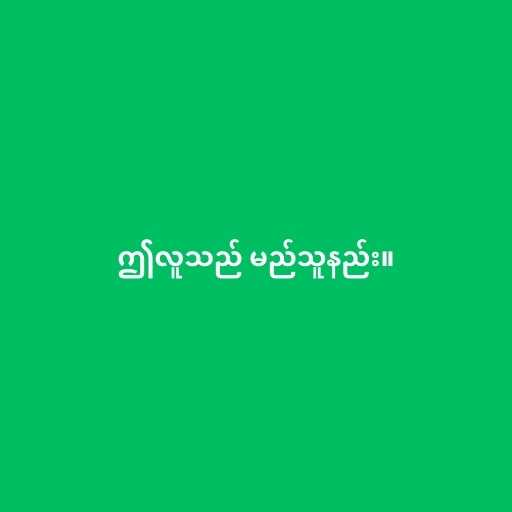
ဤလူသည် မည်သူနည်း။